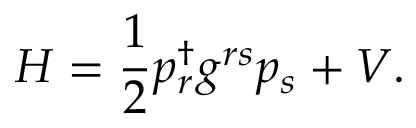
H = { \frac { 1 } { 2 } } p _ { r } ^ { \dagger } g ^ { r s } p _ { s } ^ { } + V .